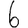
Digit: 6